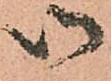
御